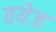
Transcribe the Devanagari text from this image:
वयेज